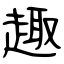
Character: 趣